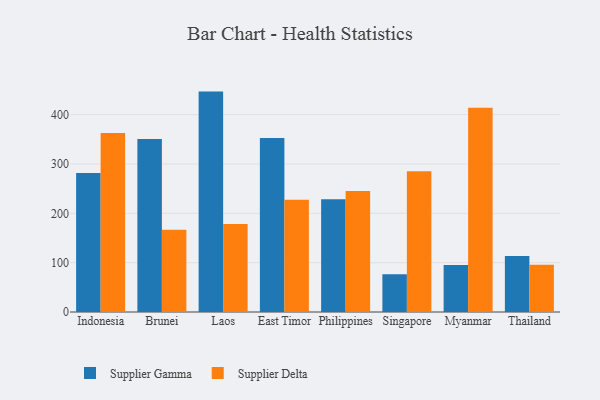
{"axis": {"x": "Country", "y": "Gross Profit (USD K)"}, "legend": ["Supplier Delta", "Supplier Gamma"], "data": [{"x": "Indonesia", "y": 281.5, "type": "Supplier Gamma"}, {"x": "Indonesia", "y": 362.9, "type": "Supplier Delta"}, {"x": "Brunei", "y": 350.5, "type": "Supplier Gamma"}, {"x": "Brunei", "y": 166.8, "type": "Supplier Delta"}, {"x": "Laos", "y": 446.7, "type": "Supplier Gamma"}, {"x": "Laos", "y": 178.5, "type": "Supplier Delta"}, {"x": "East Timor", "y": 352.5, "type": "Supplier Gamma"}, {"x": "East Timor", "y": 227.3, "type": "Supplier Delta"}, {"x": "Philippines", "y": 228.7, "type": "Supplier Gamma"}, {"x": "Philippines", "y": 245.2, "type": "Supplier Delta"}, {"x": "Singapore", "y": 76.4, "type": "Supplier Gamma"}, {"x": "Singapore", "y": 285.2, "type": "Supplier Delta"}, {"x": "Myanmar", "y": 95.4, "type": "Supplier Gamma"}, {"x": "Myanmar", "y": 414.2, "type": "Supplier Delta"}, {"x": "Thailand", "y": 113.6, "type": "Supplier Gamma"}, {"x": "Thailand", "y": 95.9, "type": "Supplier Delta"}]}